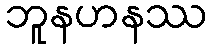
ဘူနဟနဿ